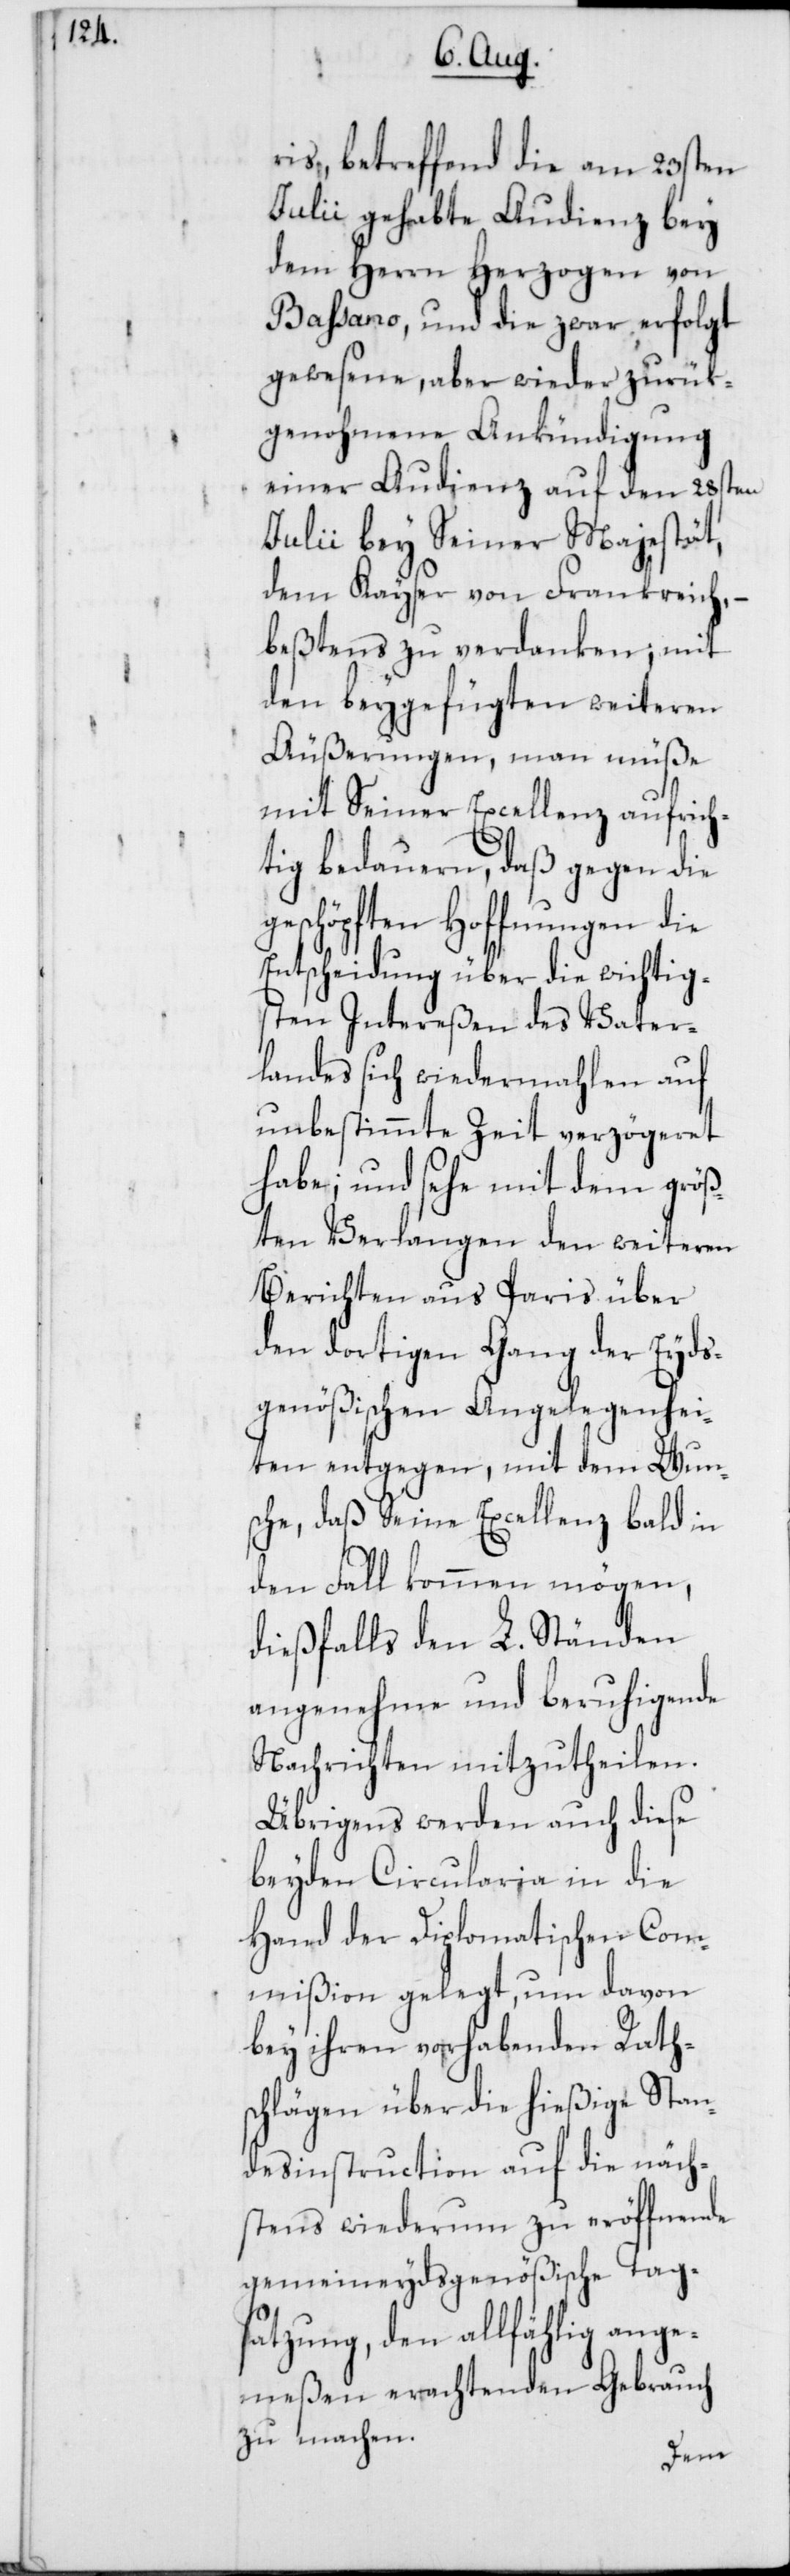
ris, betreffend die am 23sten
Julii gehabte Audienz bey
dem Herrn Herzogen von
Baßano, und die zwar erfolgt
gewesene, aber wieder zurük¬
genohmene Ankündigung
einer Audienz auf den 28sten
Julii bey Seiner Majestät,
dem Kayser von Frankreich, –
beßtens zu verdanken, mit
den beygefügten weiteren
Äußerungen, man müße
mit Seiner Excellenz aufrich¬
tig bedauern, daß gegen die
geschöpften Hoffnungen die
Entscheidung über die wichtig¬
sten Intereßen des Vater¬
landes sich wiedermahlen auf
unbestimmte Zeit verzögeret
habe; und sehe mit dem größ¬
ten Verlangen den weiteren
Berichten aus Paris über
den dortigen Gang der Eyds¬
genößischen Angelegenhei¬
ten entgegen, mit dem Wuns¬
che, daß Seine Excellenz bald in
den Fall kommen mögen,
dießfalls den L. Ständen
angenehme und beruhigende
Nachrichten mitzutheilen.
Übrigens werden auch diese
beyden Circularia in die
Hand der Diplomatischen Com¬
mißion gelegt, um davon
bey ihren vorhabenden Raths¬
chlägen über die hießige Stan¬
desinstruction auf die näch¬
stens wiederum zu eröffnende
gemeineydsgenößische Tag¬
satzung, den allfählig ange¬
meßen erachtenden Gebrauch
zu machen.